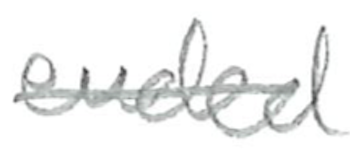
Text: ended
Cross-out: single-line
Writing tool: pencil